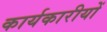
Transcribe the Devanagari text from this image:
कार्यकारीयों